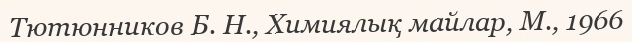
Тютюнников Б. Н., Химиялық майлар, М., 1966